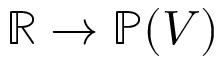
\mathbb { R } \to \mathbb { P } ( V )